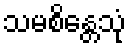
သမစိန္တေသုံ